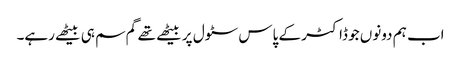
اب ہم دونوں جو ڈاکٹر کے پاس سٹول پر بیٹھے تھے گم سم ہی بیٹھے رہے۔